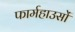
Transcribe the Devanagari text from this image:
फार्महाउसों